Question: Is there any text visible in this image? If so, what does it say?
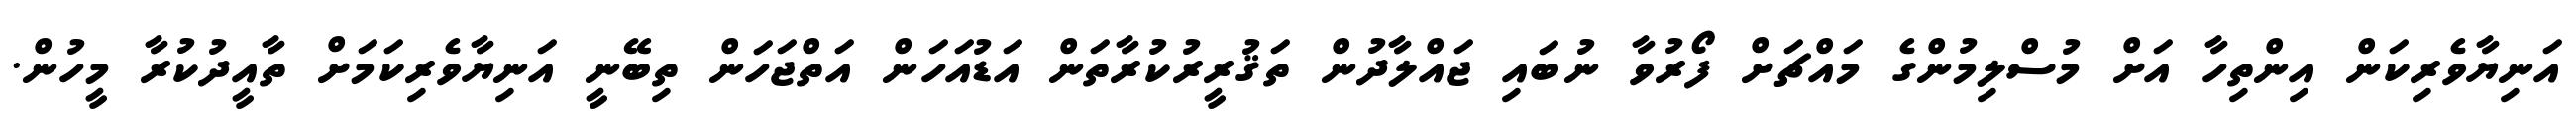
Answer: އަނިޔާވެރިކަން އިންތިހާ އަށް މުސްލިމުންގެ މައްޗަށް ފޯރުވާ ނުބައި ޖައްލާދުން ތަޤުރީރުކުރާތަން އަޑުއަހަން އަތްޖަހަން ތިބޭނީ އަނިޔާވެރިކަމަށް ތާއީދުކުރާ މީހުން.